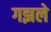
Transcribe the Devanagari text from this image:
गझले